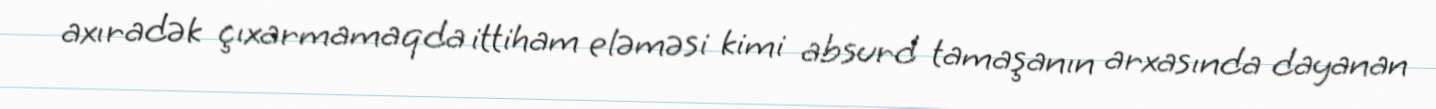
axıradək çıxarmamaqda ittiham eləməsi kimi absurd tamaşanın arxasında dayanan